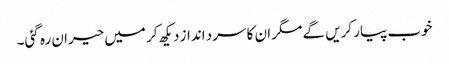
خوب پیار کریں گے مگر ان کا سرد انداز دیکھ کر میں حیران رہ گئی۔